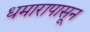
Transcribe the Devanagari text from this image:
धमारापासून